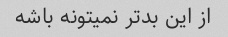
از این بدتر نمیتونه باشه